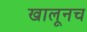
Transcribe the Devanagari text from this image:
खालूनच